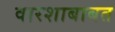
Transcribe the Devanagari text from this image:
वारशाबाबत